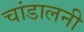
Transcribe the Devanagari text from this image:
चांडालनी